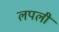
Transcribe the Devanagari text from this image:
लपली